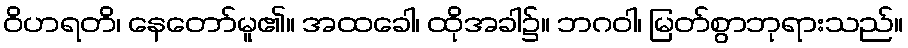
ဝိဟရတိ၊ နေတော်မူ၏။ အထခေါ၊ ထိုအခါ၌။ ဘဂဝါ၊ မြတ်စွာဘုရားသည်။